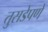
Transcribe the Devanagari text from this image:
तुसडेपणे